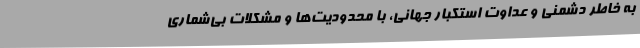
به خاطر دشمني و عداوت استكبار جهاني، با محدوديت‌ها و مشكلات بي‌شماري